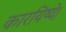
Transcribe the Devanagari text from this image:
कारयिष्ये।